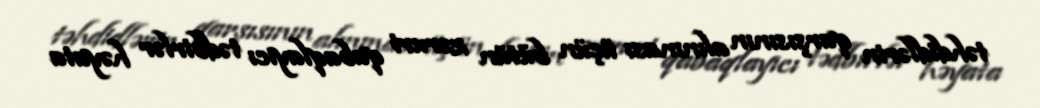
təhdidlərin qarşısının alınması üçün bütün zəruri qabaqlayıcı tədbirlər həyata